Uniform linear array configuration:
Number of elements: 64
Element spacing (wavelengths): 0.75
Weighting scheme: exponential
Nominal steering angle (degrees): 30
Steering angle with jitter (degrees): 31.109
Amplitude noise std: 0.05
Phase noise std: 0.05

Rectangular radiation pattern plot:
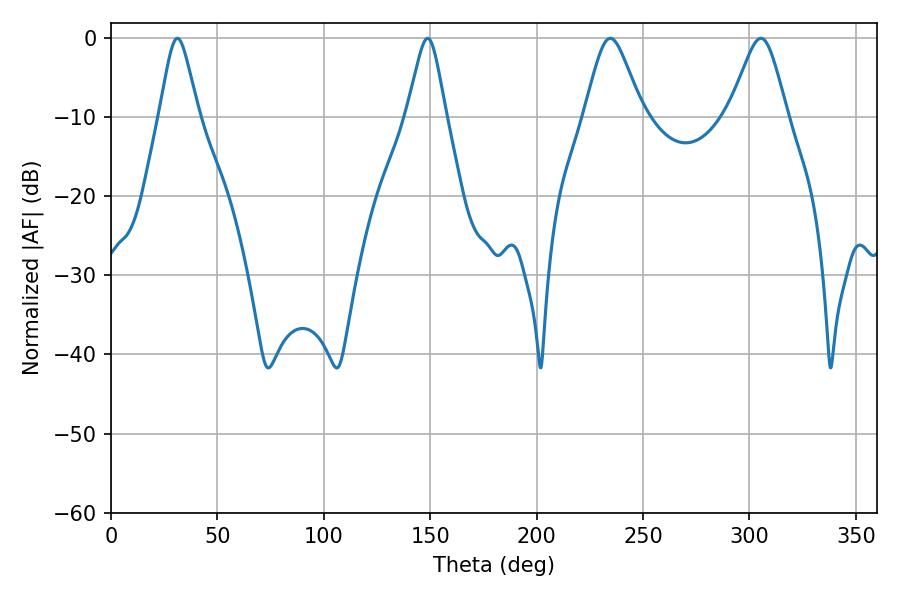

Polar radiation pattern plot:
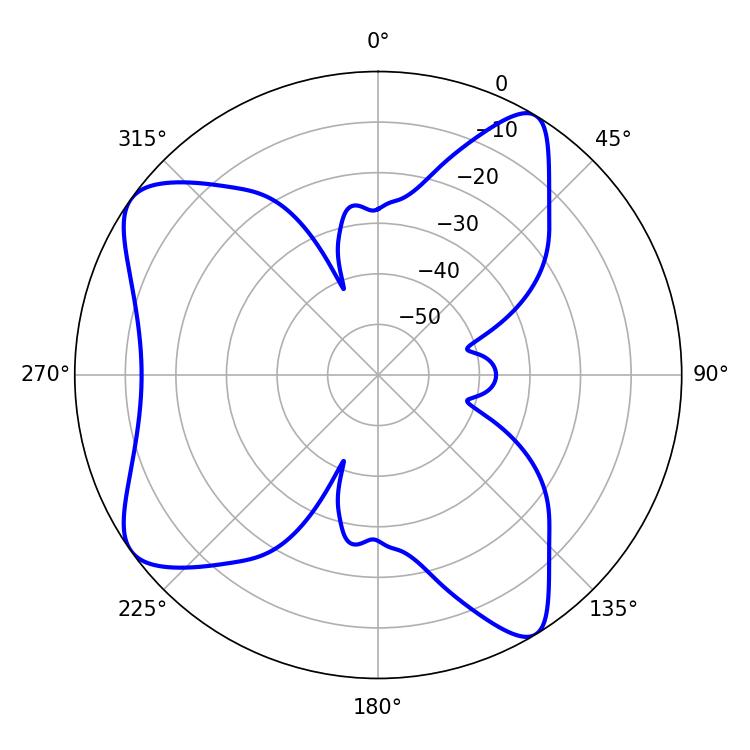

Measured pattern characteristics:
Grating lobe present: TRUE
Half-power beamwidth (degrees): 13.32
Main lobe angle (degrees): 234.54